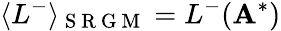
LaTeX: \langle L^{-}\rangle_{\mathrm{~S~R~G~M~}}=L^{-}(\mathbf{A}^{*})